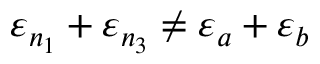
\varepsilon _ { n _ { 1 } } + \varepsilon _ { n _ { 3 } } \neq \varepsilon _ { a } + \varepsilon _ { b }